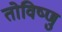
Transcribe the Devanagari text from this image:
तोविष्णु